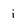
Character: i